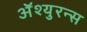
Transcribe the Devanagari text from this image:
अॅश्युरन्स